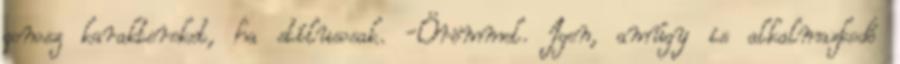
gonosz karaktereket, ha stílusosak. -Örömmel. Igen, amúgy is alkalmazkodó